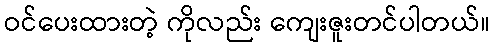
ဝင်ပေးထားတဲ့ ကိုလည်း ကျေးဇူးတင်ပါတယ်။